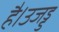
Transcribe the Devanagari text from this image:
है।उजड्ड